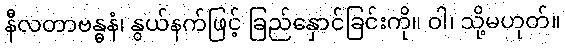
နီလတာဗန္ဓနံ၊ နွယ်နက်ဖြင့် ခြည်နှောင်ခြင်းကို။ ဝါ၊ သို့မဟုတ်။